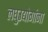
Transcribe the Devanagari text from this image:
लघुउद्योगांना